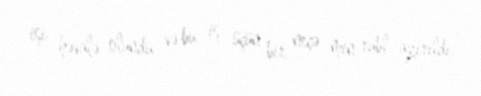
işi həvalə olundu və bu iş üçün bir neçə min rubl ayırıldı.